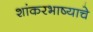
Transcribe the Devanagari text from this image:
शांकरभाष्याचे